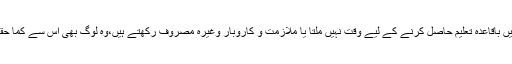
اسی طرح وہ لوگ جنہیں باقاعدہ تعلیم حاصل کرنے کے لیے وقت نہیں ملتا یا ملازمت و کاروبار وغیرہ مصروف رکھتے ہیں،وہ لوگ بھی اس سے کما حقہ فائدہ اٹھا سکتے ہیں۔